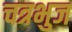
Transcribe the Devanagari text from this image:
चत्रभुज